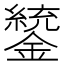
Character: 𨭑